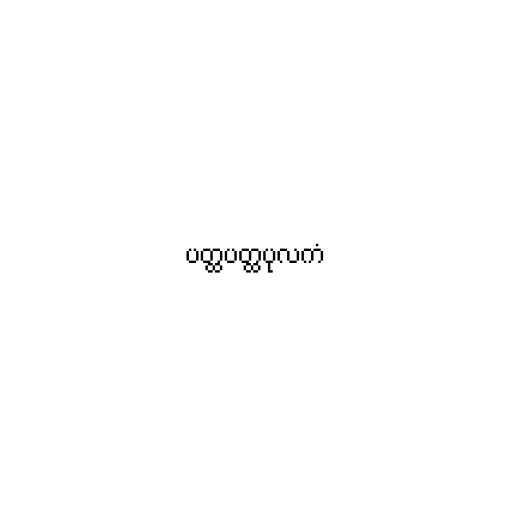
ပတ္ထပတ္ထပုလကံ